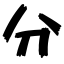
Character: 分